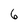
Character: 6